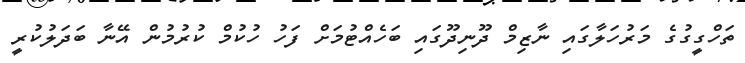
ތަހްގީގުގެ މަރުހަލާގައި ނާޒިމް ދޫނިދޫގައި ބަހެއްޓުމަށް ފަހު ހުކުމް ކުރުމުން އޭނާ ބަދަލުކުރީ